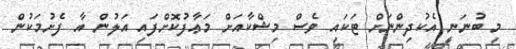
މި ބުނަނީ އެކުދިންނަށް ޓަކައި ވެސް މިޝްކާއަށް މަޢާފުކޮށްފައި އަލުން އާ ފެށުމަކުން